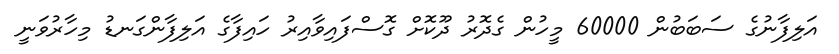
އަލިފާނުގެ ސަބަބުން 60000 މީހުން ގެދޮރު ދޫކޮށް ގޮސްފައިވާއިރު ހައިފާގެ އަލިފާންގަނޑު މިހާރުވަނީ